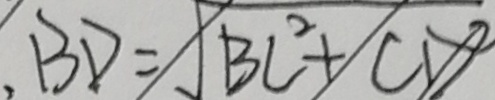
B C = \sqrt { B C ^ { 2 } + C D ^ { 2 } }